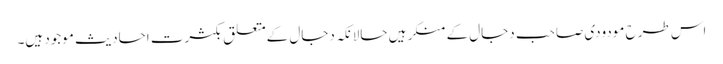
اس طرح مودودی صاحب دجال کے منکر ہیں حالانکہ دجال کےمتعلق بکثرت احادیث موجود ہیں۔